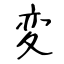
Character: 変